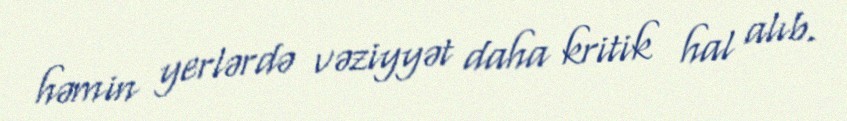
həmin yerlərdə vəziyyət daha kritik hal alıb.